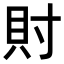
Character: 𧴫